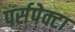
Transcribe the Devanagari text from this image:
पर्सपेक्टा